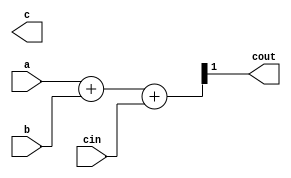
//
module FA (
    a,
    b,
    cin,
    cout,
    c
);

    input  a ;
    input  b ;
    input  cin ;
    output cout ;
    output c ;

    wire c,cout;

    assign {cout,sum}=a+b+cin;
    
endmodule